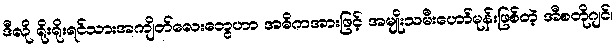
ဒီလို ရိုးရိုးရင်သားအကျိတ်လေးတွေဟာ အဓိကအားဖြင့် အမျိုးသမီးဟော်မုန်းဖြစ်တဲ့ အီစတိုဂျင်၊